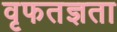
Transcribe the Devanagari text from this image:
वृफतज्ञता